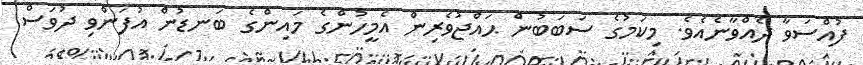
ފުއްސަވާ ދެއްވާނެއެވެ. މިކަމުގެ ސަބަބުން ޙައްޖުވެރިން އެމީހުންގެ މައިންގެ ބަނޑުން އުފަންވި ދުވަސް